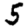
Digit: 5